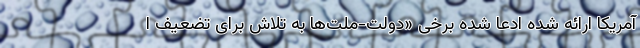
آمریکا ارائه شده ادعا شده برخی «دولت‌-ملت‌ها به تلاش برای تضعیف ا